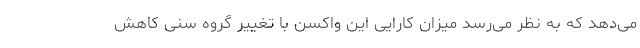
می‌دهد که به نظر می‌رسد میزان کارایی این واکسن با تغییر گروه سنی کاهش